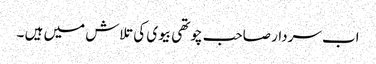
اب سردار صاحب چوتھی بیوی کی تلاش میں ہیں ۔